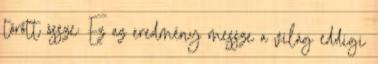
törött össze: Ez az eredmény messze a világ eddigi